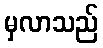
မှလာသည်